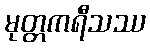
မုတ္တကရီသဿ